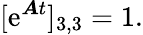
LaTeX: [\mathrm{e}^{\boldsymbol{A}t}]_{3,3}=1.